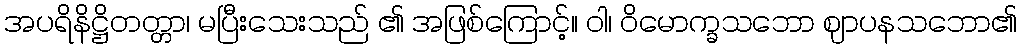
အပရိနိဋ္ဌိတတ္တာ၊ မပြီးသေးသည် ၏ အဖြစ်ကြောင့်။ ဝါ၊ ဝိမောက္ခသဘော ဈာပနသဘော၏